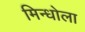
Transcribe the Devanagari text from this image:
मिन्धोला